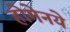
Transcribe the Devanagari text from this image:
होमेनये